Account of plague administration in the Bombay Presidency from September 1896 till May 1897
Year: 1896
Disease focus: Plague
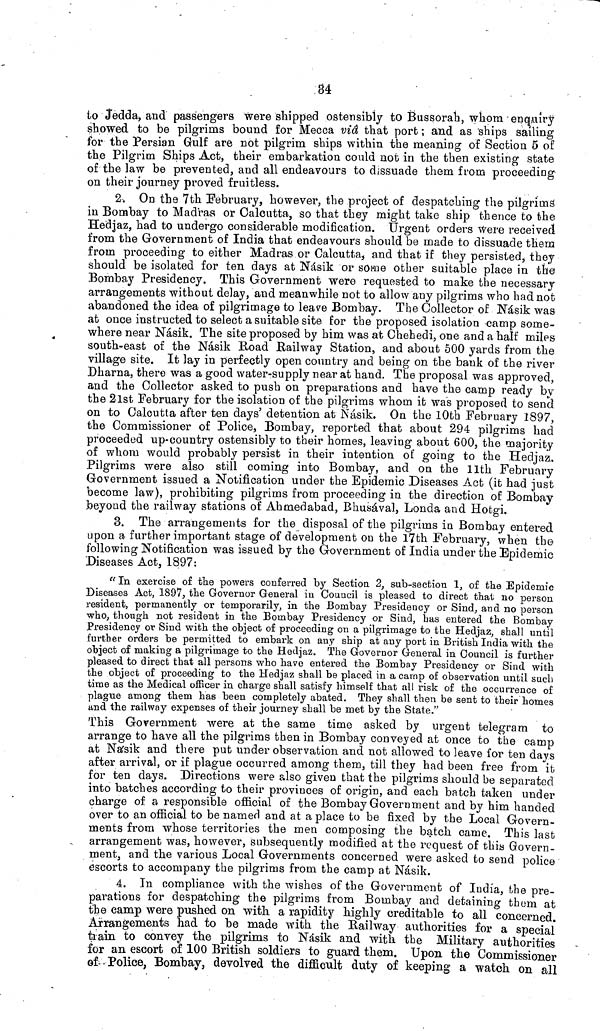
34
to Jedda, and passengers were shipped ostensibly to Bussorah, whom enquiry
showed to be pilgrims bound for Mecca via that port ; and as ships sailing
for the Persian Gulf are not pilgrim ships within the meaning of Section 5 of
the Pilgrim Ships Act, their embarkation could not in the then existing state
of the law be prevented, and all endeavours to dissuade them from proceeding
on their journey proved fruitless.
2. On the 7th February, however, the project of despatching the pilgrimî
n Bombay to Madras or Calcutta, so that they might take ship thence to the
Hedjaz, had to undergo considerable modification. Urgent orders Were received
from the Government of India that endeavours should be made to dissuade them
from proceeding to either Madras or Calcutta^ and that if they persisted, they
should be isolated for ten days at Nàsik or some other suitable place in the
Bombay Presidency. This Government were requested to make the necessary
arrangements without delay, and meanwhile not to allow any pilgrims who had not
abandoned the idea of pilgrimage to leave Bombay. The Collector of Nàsik was
at once instructed to select a suitable site for the proposed isolation camp some-
where near Nàsik. The site proposed by him was at Chehedi, one and a half miles
south-east of the Nàsik Road Railway Station, and about 500 yards from the
village site. It lay in perfectly open country and being on the bank of the river
Dharna, there was a good water-supply near at hand. The proposal was approved,
and the Collector asked to push on preparations and have the camp ready by
the 21st February for the isolation of the pilgrims whom it was proposed to send
on to Calcutta after ten days' detention at Nàsik. On the 10th February 1897,
the Commissioner of Police, Bombay, reported that about 294 pilgrims had
proceeded up-country ostensibly to their homes, leaving about 600, the majority
of whom would probably persist in their intention of going to the Hedjaz..
Pilgrims were also still coming into Bombay, and on the llth February
Government issued a Notification under the Epidemic Diseases Act (it had just
become law), prohibiting pilgrims from proceeding in the direction of Bombay
beyond the railway stations of Ahmedabad, Bhusaval, Londa and Hotgi.
3. The arrangements for the disposal of the pilgrims in Bombay entered
upon a further important stage of development on the 17th February, when the
following Notification was issued by the Government of India under the Epidemic
Diseases Act, 1897:
" In exercise of the powers conferred by Section 2, sub-section 1, of the Epidemic
Diseases Act, 1897, the Governor General in Council is pleased to direct thai no person
resident, permanently or temporarily, in the Bombay Presidency or Sind., and no person
who, though not resident in the Bombay Presidency or Sind, has entered the Bombay
Presidency or Sind with the object of proceeding on a pilgrimage to the Hedjaz, shall until
further orders be permitted to embark on any ship at any port in British India with the
object of making a pilgrimage to the Hedjaz. The Governor General in Council is further
pleased to direct that all persons who have entered the Bombay Presidency or Sind with
the object of proceeding to the Hedjaz shall be placed in a carnp of observation until such
time as the Medical officer in charge shall satisfy himself that all risk of the occurrence of
plague among them has been completely abated. They shall then be sent to their homes
and the railway expenses of their journey shall be met by the State."
This Government were at the same time asked by urgent telegram to
arrange to have all the pilgrims then in Bombay conveyed at once to the camp
at Nasik and there put under observation and not allowed to leave for ten days
after arrival, or if plague occurred among them, till they had been free from it
for ten days. Directions were also given that the pilgrims should be separated
into batches according to their provinces of origin, and each batch taken under
charge of a responsible official of the Bombay Government and by him handed
over to an official to be named and at a place to be fixed by the Local Govern-
ments from whose territories the men composing the batch came. This last
arrangement was, however, subsequently modified at the request of this Govern-
ment., and the various Local Governments concerned were asked to send police
escorts to accompany the pilgrims from the camp at Nàsik.
4. In compliance with the wishes of the Government of India, the pre-
parations for despatching the pilgrims from Bombaj 7 · and detaining them at
the camp were pushed on with a rapidity highly creditable to all concerned.
Arrangements had to be made with the Railway authorities for a special
train to convey the pilgrims to Nasik and with, the Military authorities
for an escort of 100 British soldiers to guard them. Upon the Commissioner
of Police, Bombay, devolved the difficult duty of keeping a watch on all